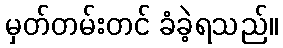
မှတ်တမ်းတင် ခံခဲ့ရသည်။